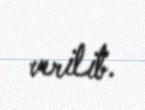
verilib.